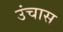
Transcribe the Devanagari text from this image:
उंचास